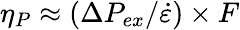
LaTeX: \eta_{P}\approx(\Delta P_{ex}/\dot{\varepsilon})\times F